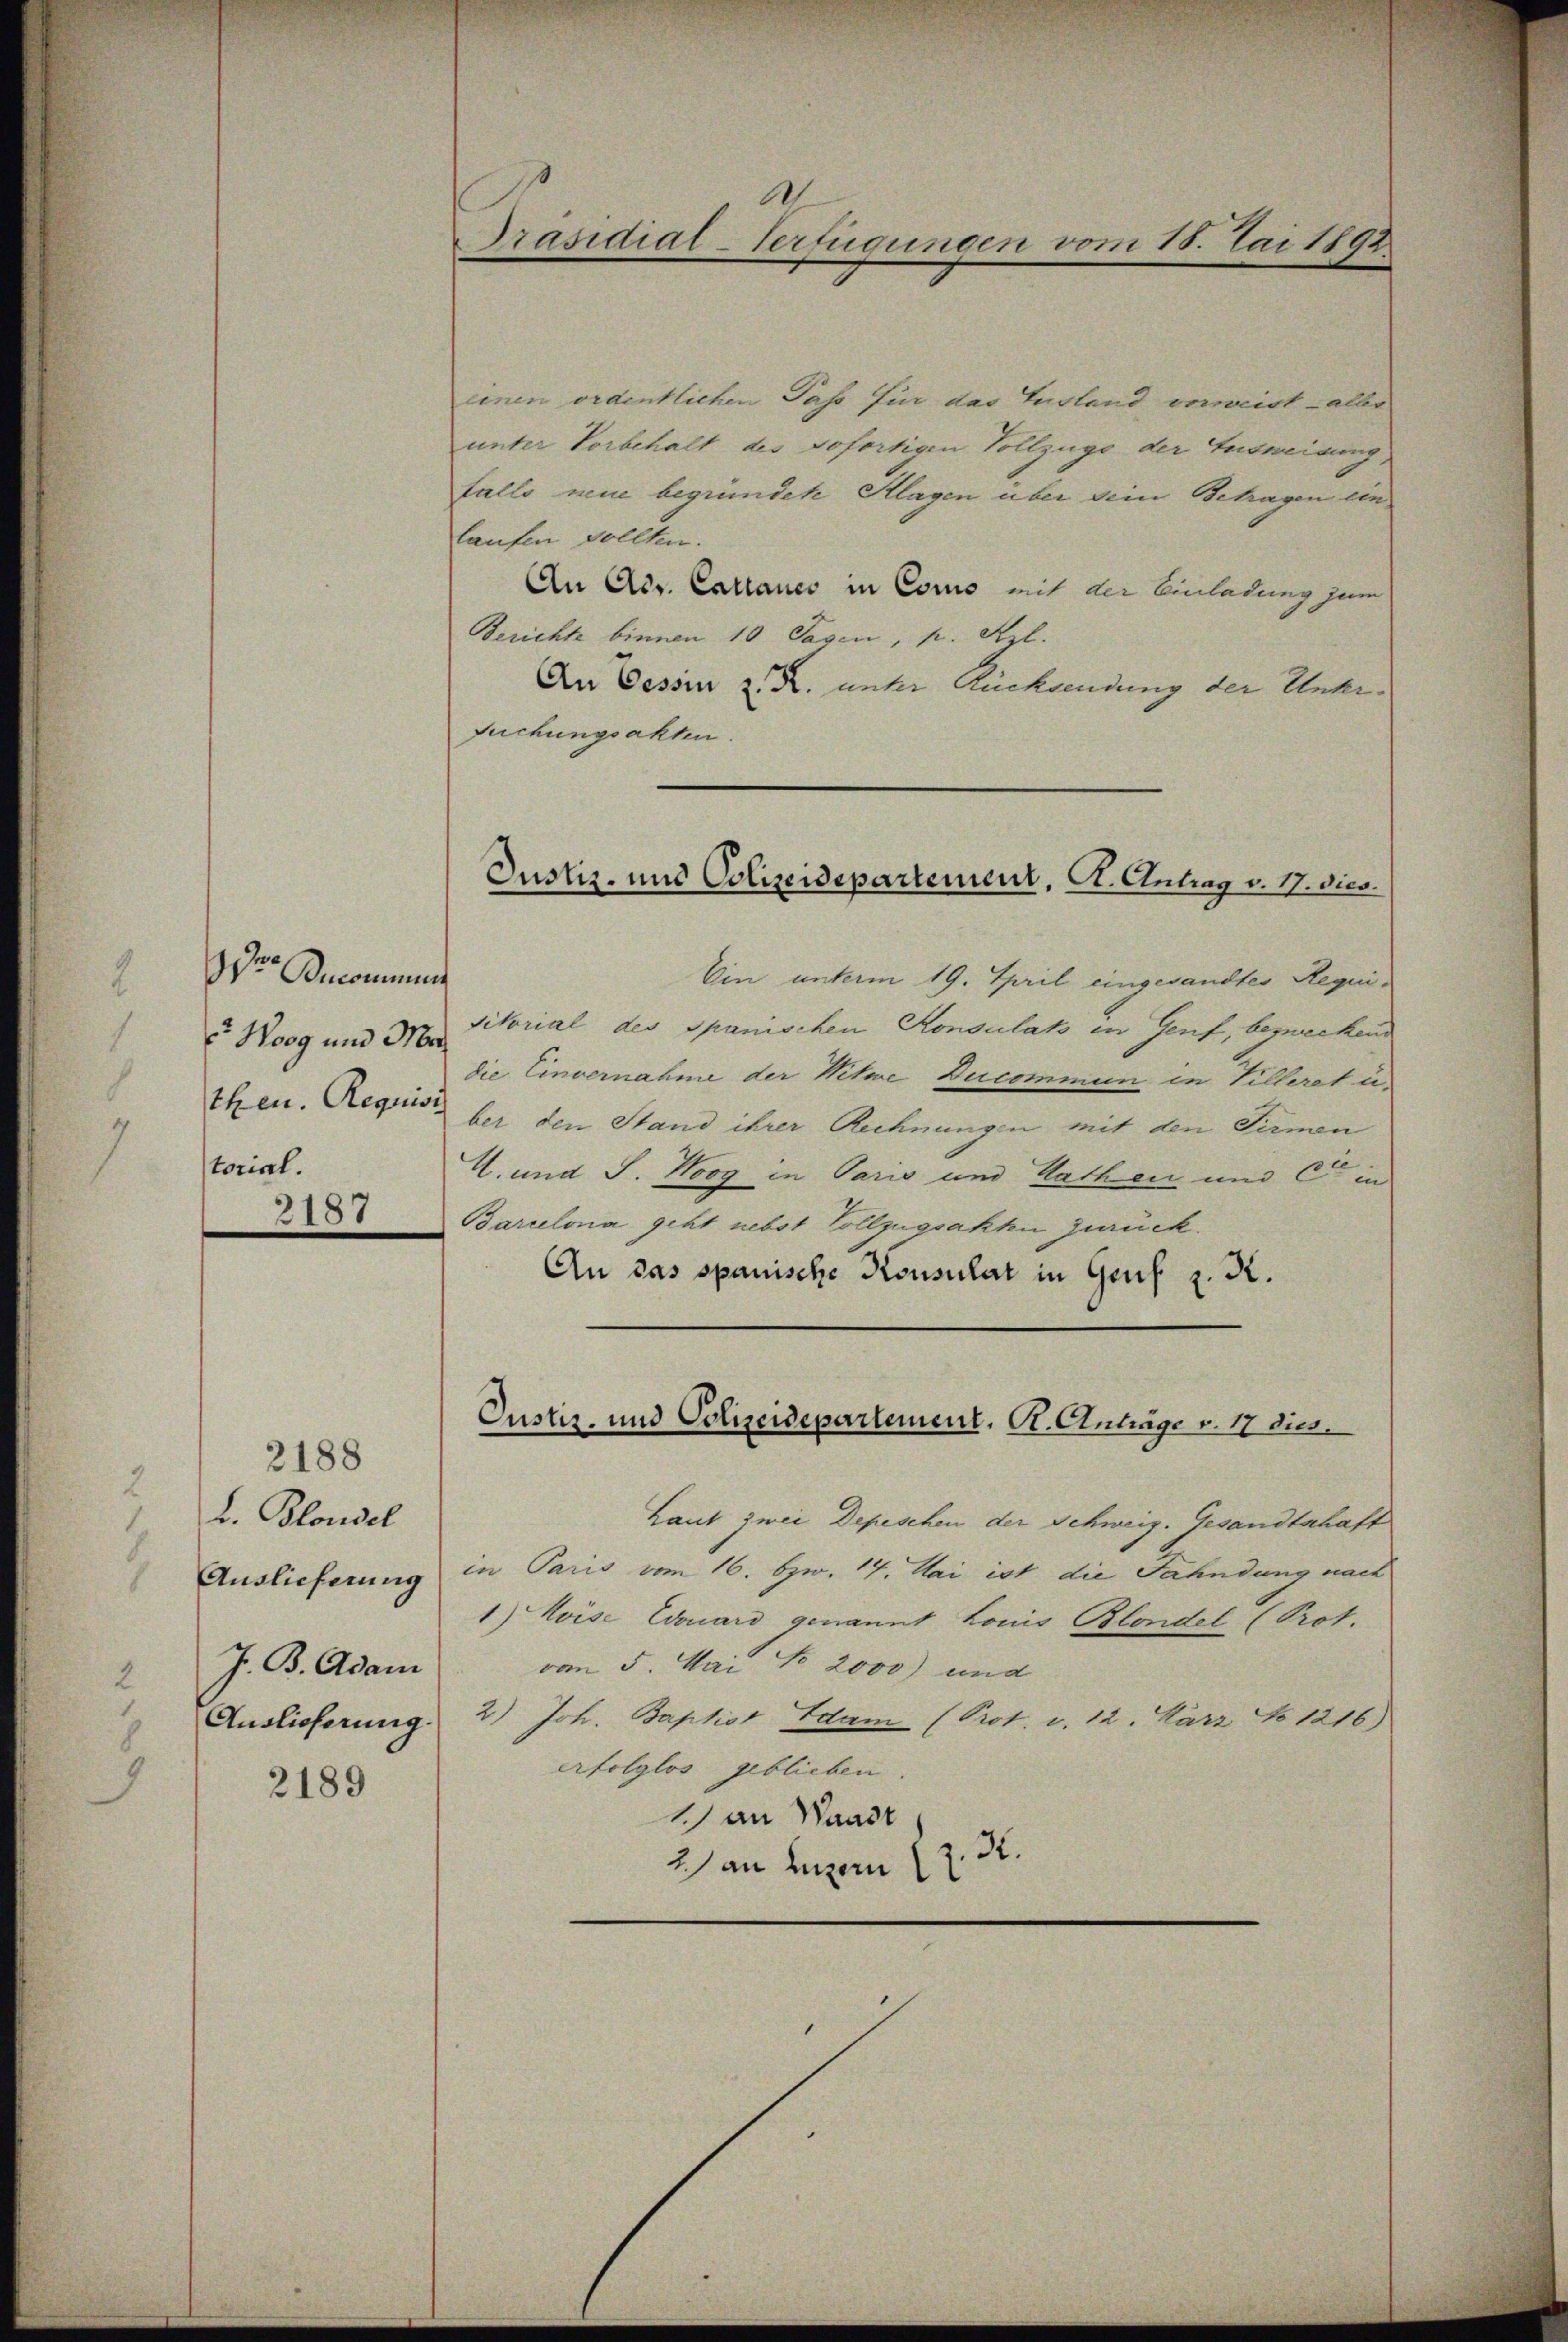
ton Bucommun
Woog und Mathen Requisi
torial.

2187

2188
L. Blondel
Auslieferung
1
J. B. Adam
Auslieferung.

2189

.
Präsidial-Verfügungen vom 18. Mai 1892.

Justiz- und Polizeidepartement, Kt. Antrag v. 17. Dies

Justiz- und Polizeidepartement, Kt. Anträge v. 17 dies

einen ordentlichen Pass für das Gustand erweist aller
unter Vorbehalt des sofortigen Vollzugs der Ausweisung
falls neue begründete Klagen über sein Betragen ein
laufen sollten.
An Act. Callaues in Como mit der Einladung zum
Berichte binnen 10 Tagen, pr. K. l.
An Tessin z. R. unter Rücksendung der Untersuchungsakten.
Ein unterm 19. April eingesandter Requi¬
Sitorial des Spanischen Konsulat in Genf, bezweckend
die Einvernahme der Witwe Ducommun in Tillerst u.
ber den Stand ihrer Rechnungen mit den Firmen
M. und S. Woog in Pario und Kathen und C in
Barcelona geht nebst Vollzugsakte zurück.
An das spanische Konsulat in Genf z. R.
Laut zwei Depeschen der Schweiz. Gesandtschaft
in Paris vom 16. bzw. 14. Mai ist die Fahndung nach
1) Koise Eduard genannt Louis Blondel (Prot.
von 5. Mai No 2000) und
2.) Joh. Baptist Adam (Prot. v. 12. März No 1216)
erfolglos geblieben.
1) an Waadt